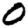
Digit: 0